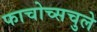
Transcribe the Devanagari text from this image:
फाचोच्सचुले